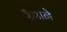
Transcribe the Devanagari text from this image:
रँभाने